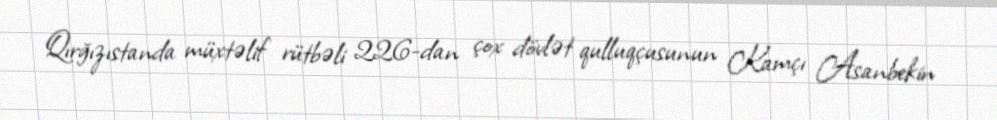
Qırğızıstanda müxtəlif rütbəli 226-dan çox dövlət qulluqçusunun Kamçı Asanbekin